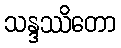
သန္ဒဿိတော